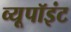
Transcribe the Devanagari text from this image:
व्यूपॉइंट